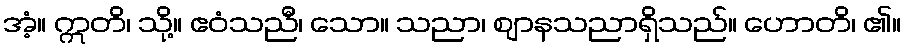
အံ့။ ဣတိ၊ သို့။ ဧဝံသညီ၊ သော။ သညာ၊ ဈာနသညာရှိသည်။ ဟောတိ၊ ၏။